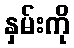
နှမ်းကို